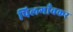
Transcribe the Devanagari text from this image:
पिलगाँवकर